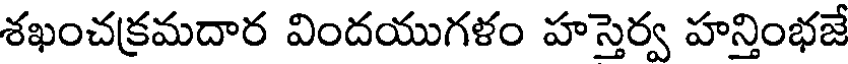
శఖంచక్రమదార విందయుగళం హస్తెర్వ హన్తింభజే